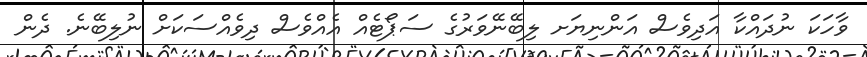
ވާހަކަ ނުދައްކާ އަދިވެސް އަންނިޔަށ ލިބޭނޭވަރުގެ ސަޕޯޓެއް އެއްވެސް ދިވެއްސަކަށް ނުލިބޭނެ. ދެން